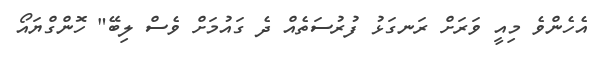
އެހެންވެ މިއީ ވަރަށް ރަނގަޅު ފުރުސަތެއް ދެ ގައުމަށް ވެސް ލިބޭ" ހޮންގްޔައޯ